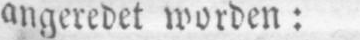
angeredet worden: